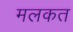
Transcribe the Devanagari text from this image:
मलकत